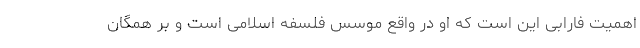
اهمیت فارابی این است که او در واقع موسس فلسفه اسلامی است و بر همگان